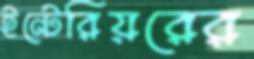
ইন্টেরিয়রের